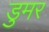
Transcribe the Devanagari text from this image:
डुमर